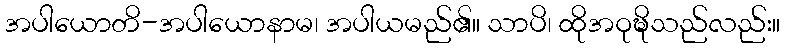
အပါယောတိ-အပါယောနာမ၊ အပါယမည်၏။ သာပိ၊ ထိုအဝုဍ္ဎိသည်လည်း။